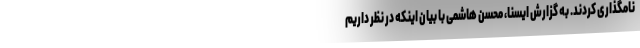
نامگذاری کردند. به گزارش ایسنا، محسن هاشمی با بیان اینکه در نظر داریم